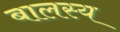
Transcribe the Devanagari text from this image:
बालस्य